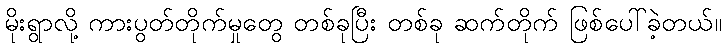
မိုးရွာလို့ ကားပွတ်တိုက်မှုတွေ တစ်ခုပြီး တစ်ခု ဆက်တိုက် ဖြစ်ပေါ်ခဲ့တယ်။